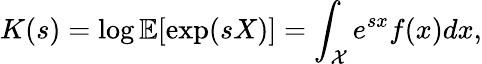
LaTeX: K(s)=\log\mathbb{E}[\exp(sX)]=\int_{\mathcal{X}}e^{sx}f(x)dx,